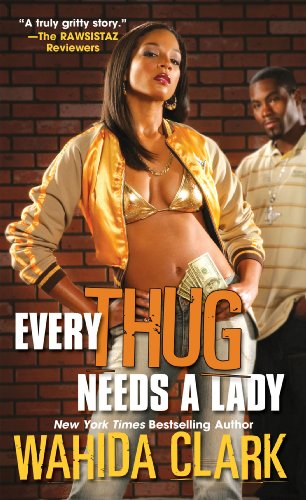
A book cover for Every Thug Needs A Lady; Wahida Clark; Literature & Fiction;